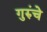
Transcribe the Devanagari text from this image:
गुरुंचे